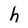
Character: h